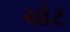
ચોટ